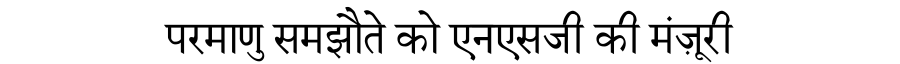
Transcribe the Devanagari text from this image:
परमाणु समझौते को एनएसजी की मंज़ूरी